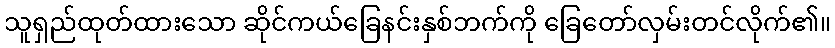
သူရှည်ထုတ်ထားသော ဆိုင်ကယ်ခြေနင်းနှစ်ဘက်ကို ခြေတော်လှမ်းတင်လိုက်၏။